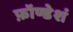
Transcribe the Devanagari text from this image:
फ़ॉण्डेशं